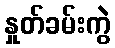
နှုတ်ခမ်းကွဲ